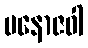
မနောဇဝါ